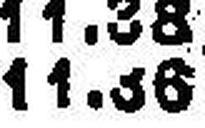
11.56